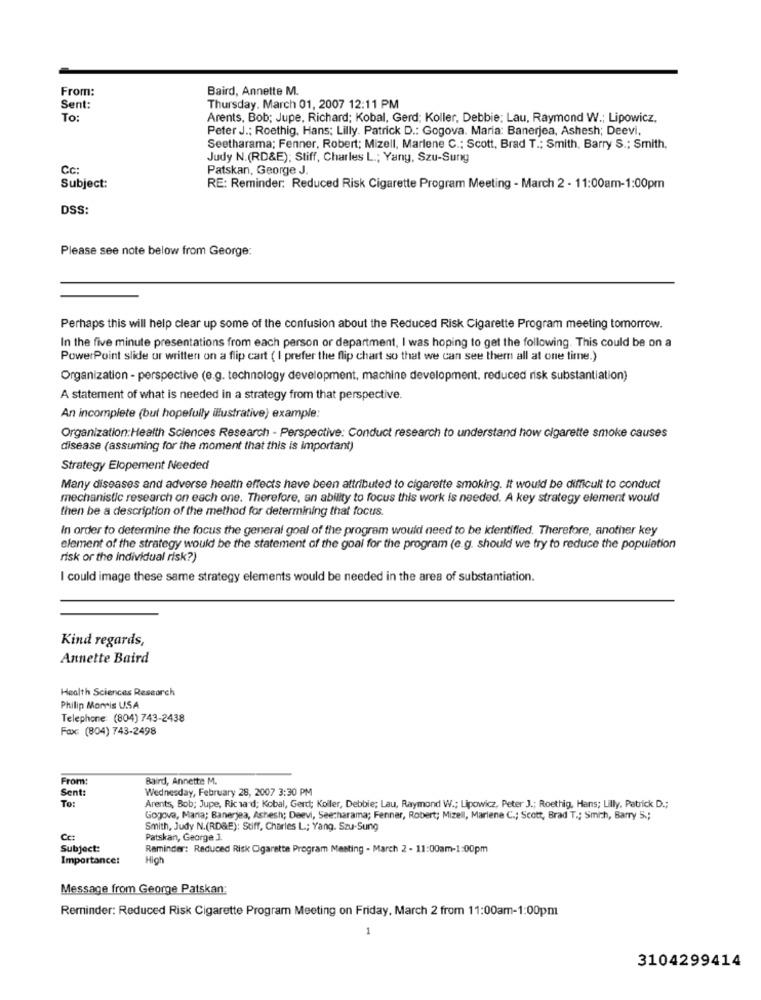
From:
Baird, Annette M.
Sent:
Thursday, March 01, 2007 12:11 PM
To:
Arents, Bob; Jupe, Richard; Kobal, Gerd; Koller, Debbie; Lau, Raymond W .; Lipowicz,
Peter J .; Roethig, Hans; Lilly. Patrick D .: Gogova. Maria: Banerjea, Ashesh; Deevi,
Seetharama; Fenner, Robert; Mizell, Marlene C .; Scott, Brad T .; Smith, Barry S .; Smith,
Judy N.(RD&E); Stiff, Charles L .; Yany, Szu-Sung
Cc:
Patskan, George J.
Subject:
RE: Reminder: Reduced Risk Cigarette Program Meeting - March 2 - 11:00am-1:00pm
DSS:
Please see note below from George:
Perhaps this will help clear up some of the confusion about the Reduced Risk Cigarette Program meeting tomorrow.
In the five minute presentations from each person or department, I was hoping to get the following. This could be on a
PowerPoint slide or written on a flip cart ( I prefer the flip chart so that we can see them all at one time.)
Organization - perspective (e.g. technology development, machine development. reduced risk substantiation)
A statement of what is needed in a strategy from that perspective.
An incomplete (but hopefully illustrative) example:
Organization:Health Sciences Research - Perspective: Conduct research to understand how cigarette smoke causes
disease (assuming for the moment that this is important)
Strategy Elopement Needed
Many diseases and adverse health effects have been attributed to cigarette smoking. It would be difficult to conduct
mechanistic research on each one. Therefore, an ability to focus this work is needed. A key strategy element would
then be a description of the method for determining that focus.
In order to determine the focus the general goal of the program would need to be identified. Therefore, another key
element of the strategy would be the statement of the goal for the program (e.g. should we try to reduce the population
risk or the individual risk?)
I could image these same strategy elements would be needed in the area of substantiation.
Kind regards,
Annette Baird
Health Sciences Research
Philip Morris USA
Telephone (804) 743-2438
Fax: (804) 743-2498
From:
Baird, Annette M.
Sent:
Wednesday, February 28, 2007 3:30 PM
To:
Arents, Bob; Jupe, Richard; Kobal, Gerd; Koller, Debbie; Lau, Raymond W .; Lipowicz, Peter J .; Roethig, Hans; Lilly. Patrick D .;
Gogova, Maria; Banerjea, Ashesh; Daevi, Seecharama; Fenner, Robert; Mizell, Marlene C .; Scott, Brad T .; Smich, Barry 5 .;
Smith, Judy N. (RD&E): Stiff, Charles L; Yang. Szu-Sung
Patskan, George J.
Subject:
Reminder: Reduced Risk Cigarette Program Mesting - March 2 - 11:00am-1:00pm
Importance:
High
Message from George Patskan:
Reminder: Reduced Risk Cigarette Program Meeting on Friday, March 2 from 11:00am-1:00pm
1
3104299414